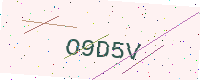
Text: O9D5V